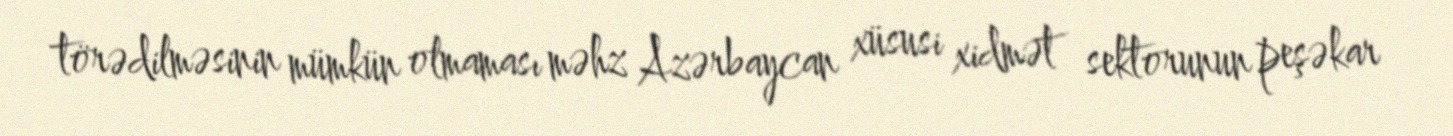
törədilməsinin mümkün olmaması məhz Azərbaycan xüsusi xidmət sektorunun peşəkar